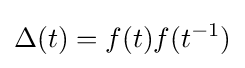
\Delta (t)=f(t)f(t^{-1})